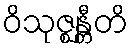
ဝိသုဇ္ဈန္တီတိ